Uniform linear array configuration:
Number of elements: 12
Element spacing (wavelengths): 0.5
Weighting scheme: hamming
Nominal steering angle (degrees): -15
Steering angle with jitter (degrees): -15.231
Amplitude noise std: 0.05
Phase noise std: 0.05

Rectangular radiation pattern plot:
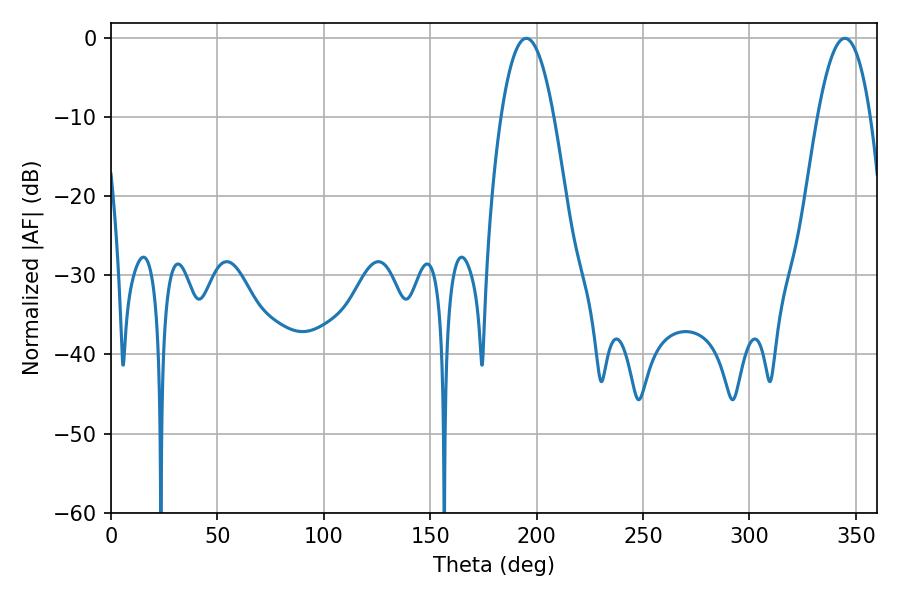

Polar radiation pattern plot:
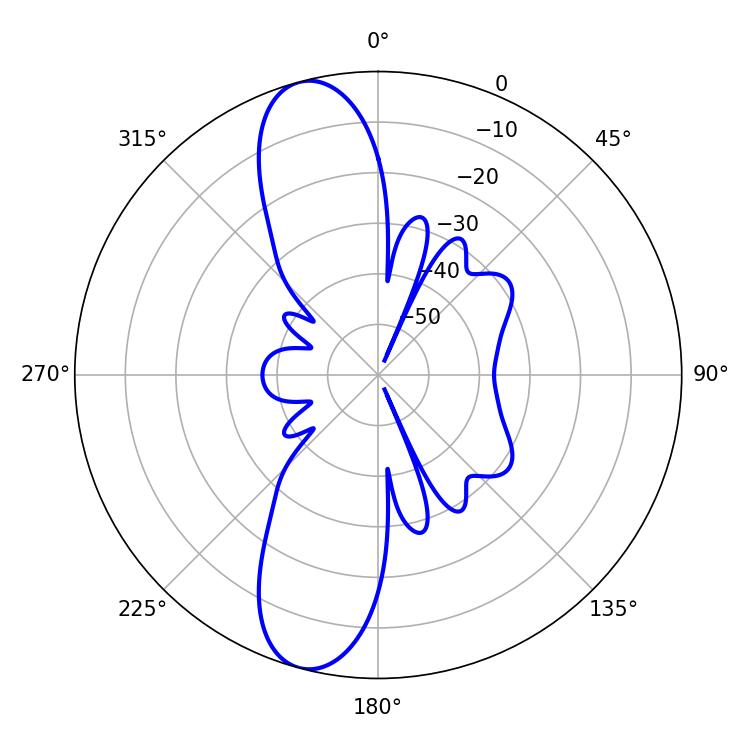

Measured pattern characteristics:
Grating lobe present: FALSE
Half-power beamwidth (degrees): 13.68
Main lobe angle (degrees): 195.12